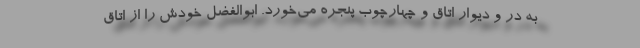
به در و دیوار اتاق و چهارچوب پنجره می‌خورد. ابوالفضل خودش را از اتاق